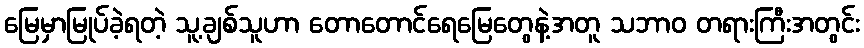
မြေမှာမြုပ်ခဲ့ရတဲ့ သူ့ချစ်သူဟာ တောတောင်ရေမြေတွေနဲ့အတူ သဘာဝ တရားကြီးအတွင်း